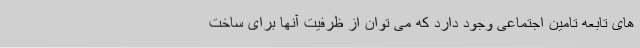
های تابعه تامین اجتماعی وجود دارد که می توان از ظرفیت آنها برای ساخت